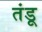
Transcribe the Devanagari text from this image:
तंडू